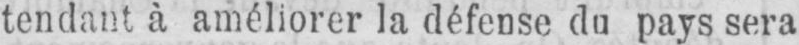
tendant à améliorer la défense du pays sera